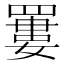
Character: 𦌁